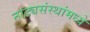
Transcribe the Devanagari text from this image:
नाट्यसंस्थांमध्ये